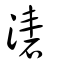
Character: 湱